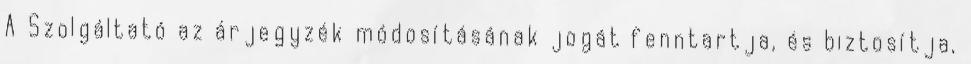
A Szolgáltató az árjegyzék módosításának jogát fenntartja, és biztosítja,